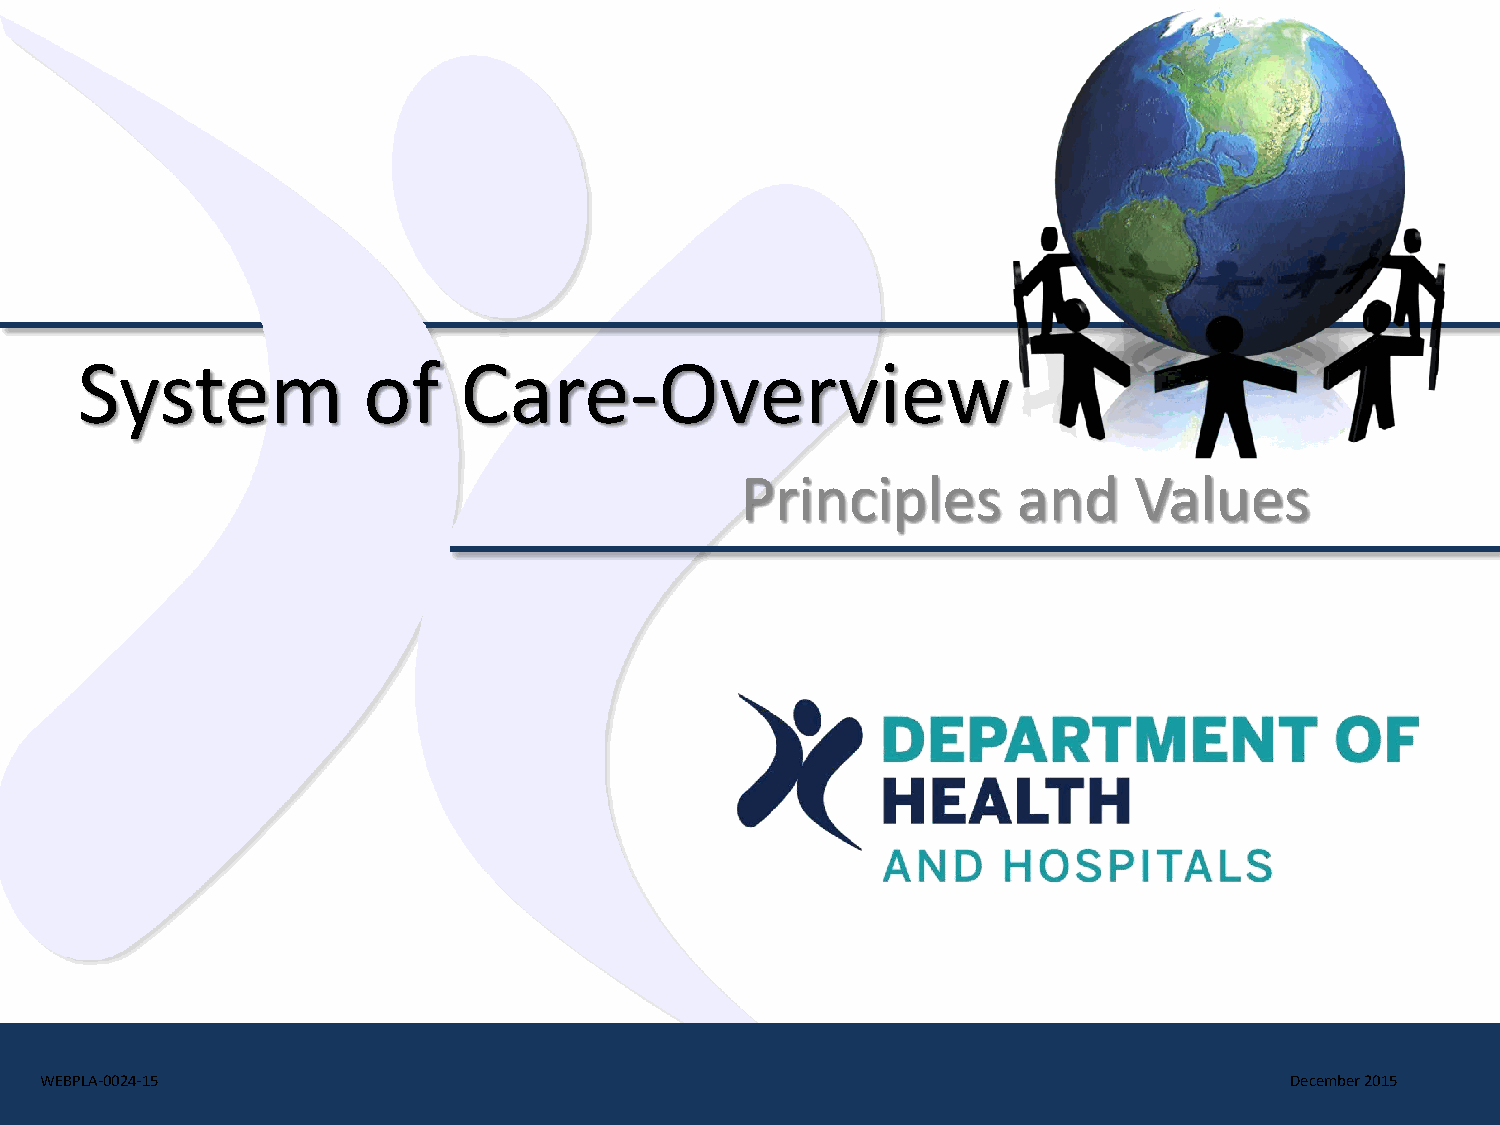
System             of    Care-Overview
 Principles        and     Values
 WEBPLA-0024-15                                                                    December 2015